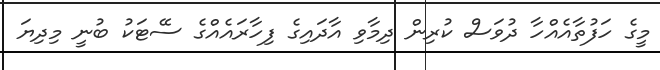
މީގެ ހަފުތާއެއްހާ ދުވަސް ކުރިން ދިމާވި އާދައިގެ ފިހާރައެއްގެ ސޭޓަކު ބުނީ މިދިޔަ